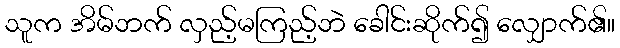
သူက အိမ်ဘက် လှည့်မကြည့်ဘဲ ခေါင်းဆိုက်၍ လျှောက်၏။